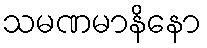
သမဏမာနိနော